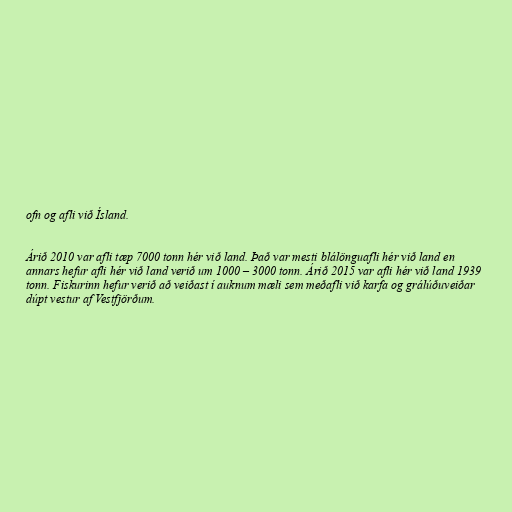
ofn og afli við Ísland.

Árið 2010 var afli tæp 7000 tonn hér við land. Það var mesti blálönguafli hér við land en
annars hefur afli hér við land verið um 1000 – 3000 tonn. Árið 2015 var afli hér við land 1939
tonn. Fiskurinn hefur verið að veiðast í auknum mæli sem meðafli við karfa og grálúðuveiðar
dúpt vestur af Vestfjörðum.